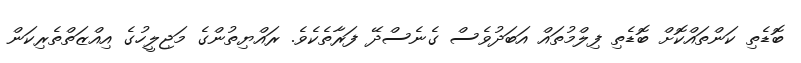
ބޮޑެތި ކަންތައްކޮށް ބޮޑެތި ފިލްމުތައް އަބަދުވެސް ގެނެސްދޭ ފަރާތެކެވެ. ރައްޔިތުންގެ މަޖިލީހުގެ އިއްޒަތްތެރިކަން